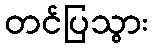
တင်ပြသွား